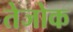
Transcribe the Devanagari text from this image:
तेजोक